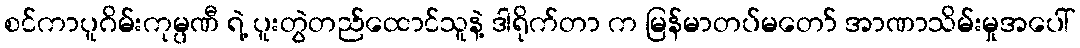
စင်ကာပူဂိမ်းကုမ္ပဏီ ရဲ့ ပူးတွဲတည်ထောင်သူနဲ့ ဒါရိုက်တာ က မြန်မာတပ်မတော် အာဏာသိမ်းမှုအပေါ်